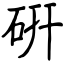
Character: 硏